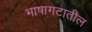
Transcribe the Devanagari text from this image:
भाषागटातील